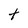
Character: t